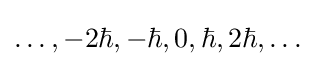
\ldots ,-2\hbar ,-\hbar ,0,\hbar ,2\hbar ,\ldots